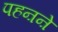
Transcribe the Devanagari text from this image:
पहऩऩे